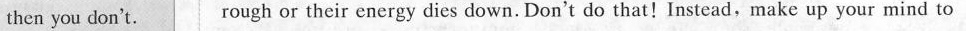
then you don't. rough or their energy dies down. Don't do that!Instead,make up your mind to